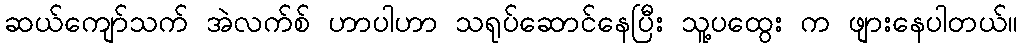
ဆယ်ကျော်သက် အဲလက်စ် ဟာပါဟာ သရုပ်ဆောင်နေပြီး သူ့ပထွေး က ဖျားနေပါတယ်။